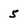
Character: 5